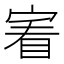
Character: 𡩒